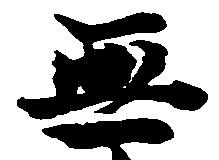
無